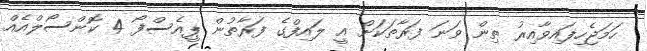
ހަމަޖެހިފައިވާއިރު ތިން ވަނަ ފަރާތަކަށް އީ ލައިފްގެ ފަރާތުން ޕީއެސްފޯ 4 ކޮންސޯލްއެއް